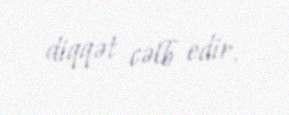
diqqət cəlb edir.